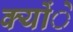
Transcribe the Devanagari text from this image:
क्योंे